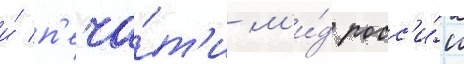
и́ п'еча́т'и м'и́д росс'и́и